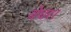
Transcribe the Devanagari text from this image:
बेघर।